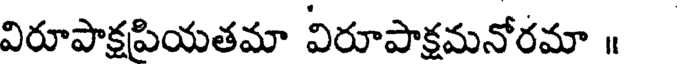
విరూపాక్షపియతమా విరూపాక్షమనోరమా ॥